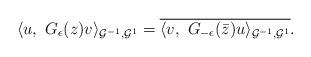
LaTeX: \begin{align*} \langle u , \ G_{\epsilon} (z) v \rangle_{{\mathcal G}^{-1}, {\mathcal G}^1} = \overline{ \langle v , \ G_{-\epsilon} (\bar{z}) u \rangle_{{\mathcal G}^{-1}, {\mathcal G}^1} } . \end{align*}